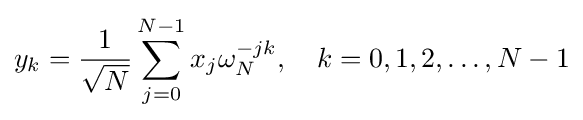
y_{k}={\frac {1}{\sqrt {N}}}\sum _{j=0}^{N-1}x_{j}\omega _{N}^{-jk},\quad k=0,1,2,\ldots ,N-1